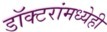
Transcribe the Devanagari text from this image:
डॉक्टरांमध्येही